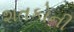
શતકોની